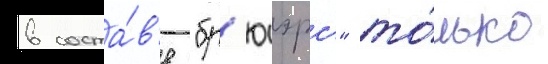
в соста́в'е "бр'юэрс" то́лько